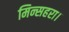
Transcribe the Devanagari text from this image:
मिन्सहरा।